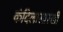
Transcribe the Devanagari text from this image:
कंदिलासारखी